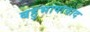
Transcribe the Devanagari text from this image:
बहुभाषावाद